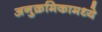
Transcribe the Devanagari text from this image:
अनुक्रमिकामध्ये